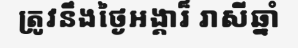
ត្រូវនឹងថ្ងៃអង្គារ៏ រាសីឆ្នាំ